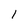
Character: 1